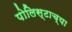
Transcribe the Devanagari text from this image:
पोलिस्टाच्या